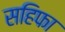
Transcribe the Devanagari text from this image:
सहिफा